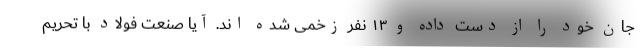
جان خود را از دست داده و ۱۳ نفر زخمی شده اند. آیا صنعت فولاد با تحریم